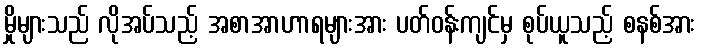
မှိုများသည် လိုအပ်သည့် အစာအာဟာရများအား ပတ်ဝန်းကျင်မှ စုပ်ယူသည့် စနစ်အား